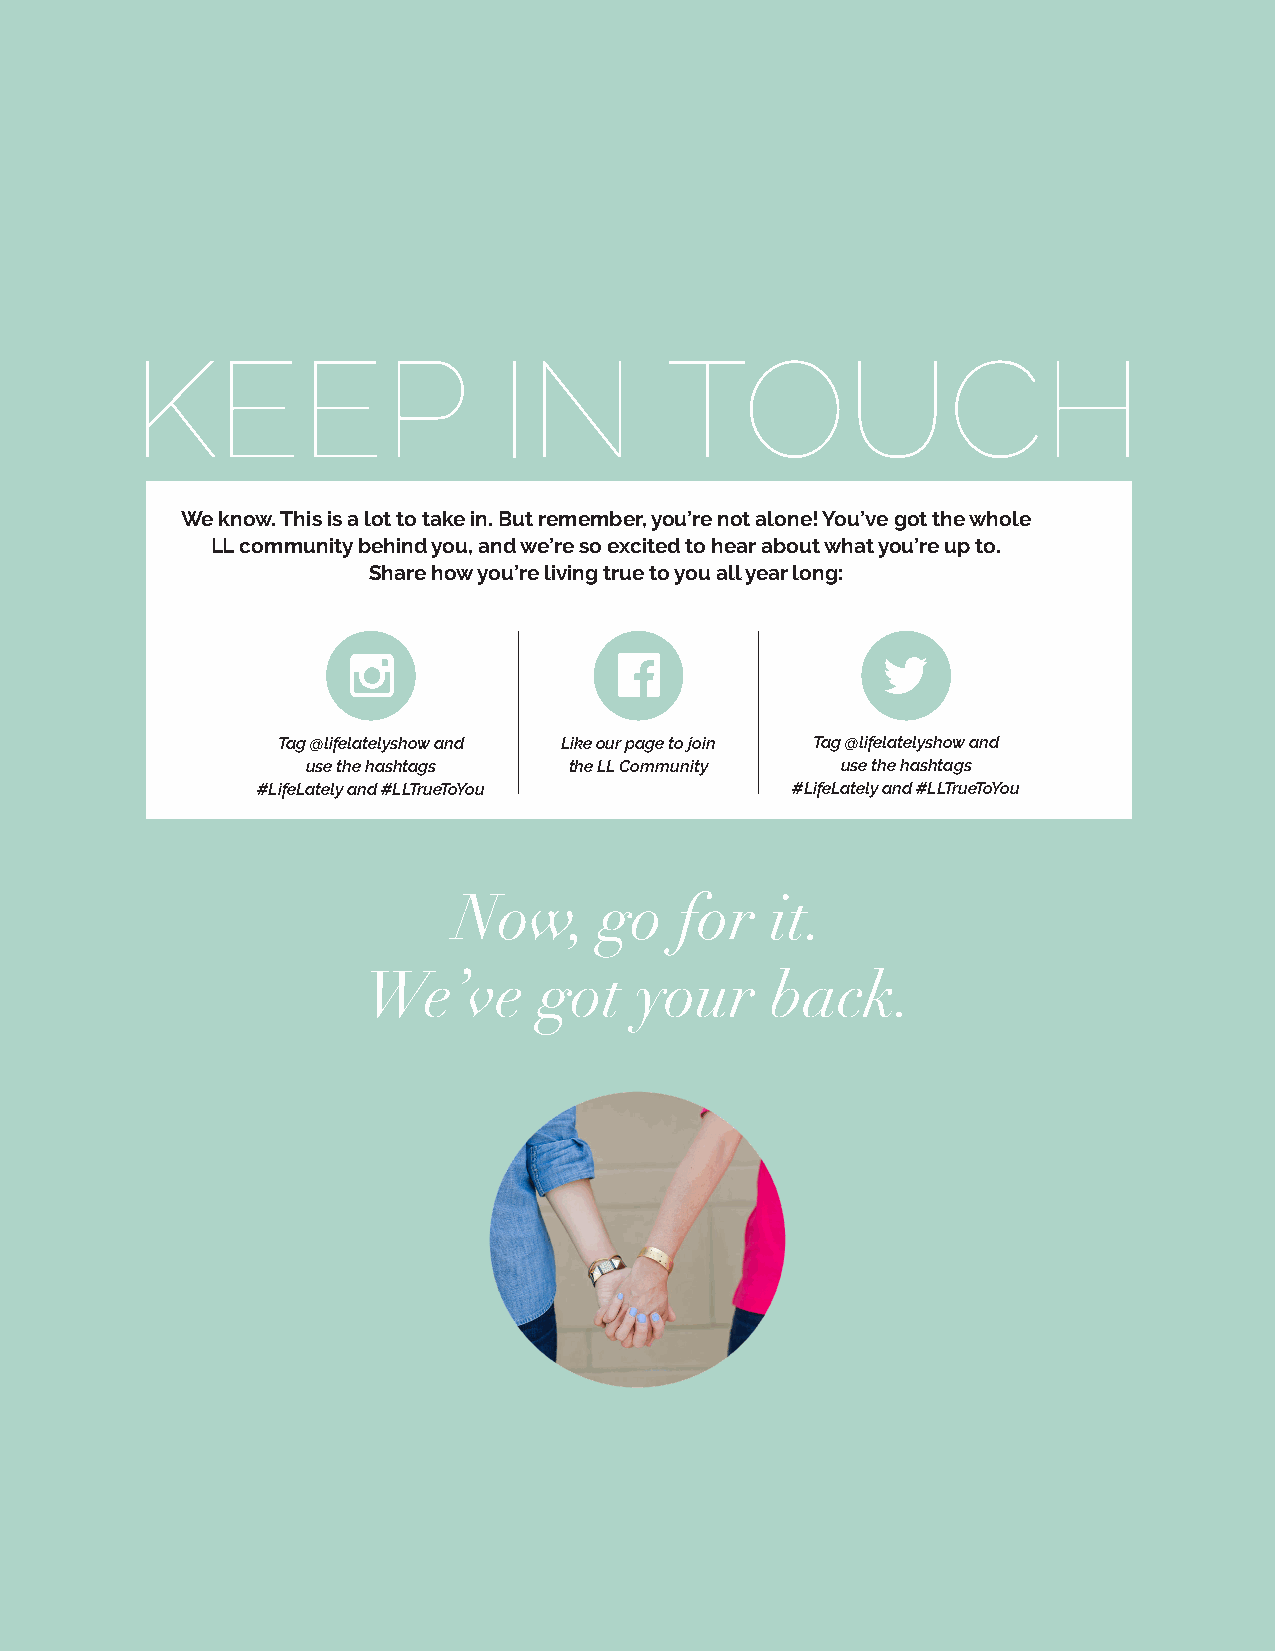
KEEP                    IN         TOUCH
 We know. This is a lot to take in. But remember, you’re not alone! You’ve got the whole
 LL community behind you, and we’re so excited to hear about what you’re up to.
 Share how you’re living true to you all year long:
 Tag @lifelatelyshow and Like our page to join Tag @lifelatelyshow and
 use the hashtags  the LL Community  use the hashtags
 #LifeLately and #LLTrueToYou       #LifeLately and #LLTrueToYou
 Now,      go   for   it.
 We’ve       got   your     back.